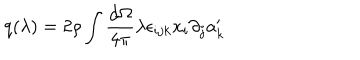
q ( \lambda ) = 2 \rho \int \frac { d \Omega } { 4 \pi } \lambda \epsilon _ { i j k } x _ { i } \partial _ { j } a _ { k } ^ { \prime }